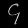
Digit: ၄